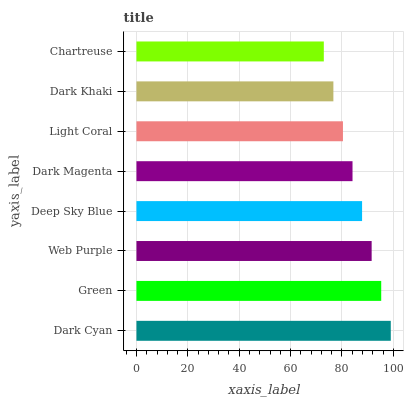
| yaxis_label | bars |
 | --- | --- |
 | Dark Cyan | 99 |
 | Green | 95.3 |
 | Web Purple | 91.6 |
 | Deep Sky Blue | 87.8 |
 | Dark Magenta | 84.1 |
 | Light Coral | 80.4 |
 | Dark Khaki | 76.7 |
 | Chartreuse | 72.9 |